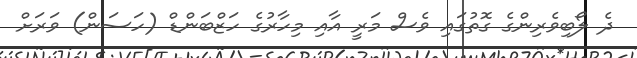
ދެ ލޯބިވެރިންގެ ގޮތުގައި ވެސް މަރީ އާއި މިހާރުގެ ހަޒްބަންޑް (ހަސަން) ވަރަށް